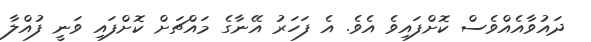
ދައުވާއެއްވެސް ކޮށްފައިވެ އެވެ. އެ ފަހަރު އޭނާގެ މައްޗަށް ކޮށްފައި ވަނީ ފުއްލާ